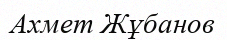
Ахмет Жұбанов